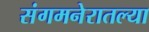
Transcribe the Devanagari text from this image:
संगमनेरातल्या